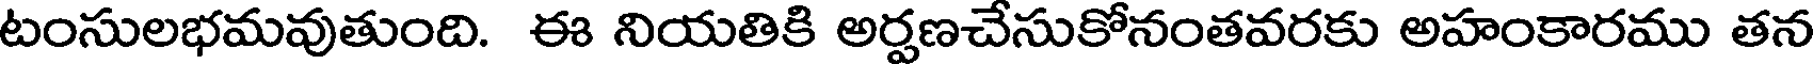
టంసులభమవుతుంది. ఈ నియతికి అర్షణచేసుకోనంతవరకు అహంకారము తన